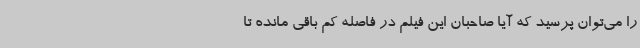
را می‌توان پرسید که آیا صاحبان این فیلم در فاصله کم باقی مانده تا